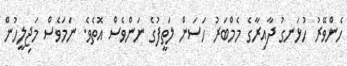
ހެންވޭރު ހުޅަނގު ދާއިރާގެ މެމްބަރު ހަސަން ލަތީފުގެ ނަންވެސް އޮތެވެ. ނަމަވެސް މަޖިލީހުން